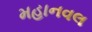
મહાનવલ